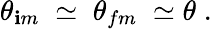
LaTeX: {\theta}_{\mathbf{i}m}\; \simeq\; {\theta}_{fm}\; \simeq\theta\; .